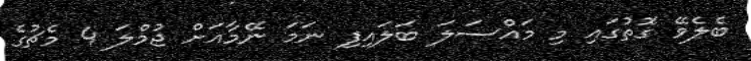
ބެލެވޭ ގޮތުގައި މި މައްސަލަ ބަލައިފި ނަމަ ނޭމާއަށް ޖުމްލަ 4 މެޗުގެ